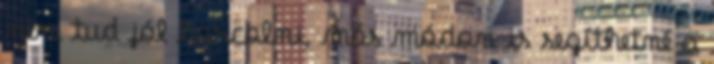
nem tud jól harcolni, más módon is segíthetné a